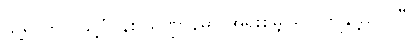
သို့ရာတွင် သူ့ပုံပန်း သဏ္ဌာန်မှာ အရိုးစုမျှသာ ကျန်ခဲ့လေပြီ။